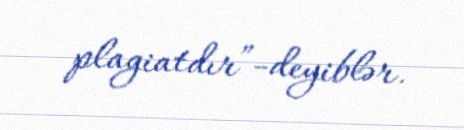
plagiatdır”-deyiblər.